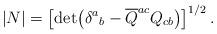
LaTeX: \begin{align*}|N|= \bigl[\det\bigl( \delta ^a{}_b-{\overline Q}^{ac}Q_{cb}\bigr) \bigr] ^{1/2}\, .\end{align*}